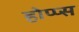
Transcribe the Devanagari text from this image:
होप्प्स